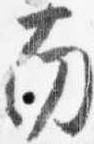
南